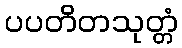
ပပတိတသုတ္တံ